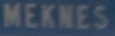
MEKNES